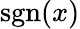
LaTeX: \operatorname{sgn}(x)